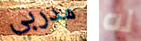
مدربي له